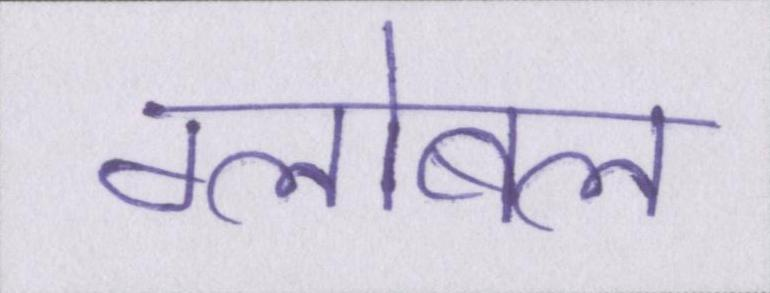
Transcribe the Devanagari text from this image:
ग्लोबल